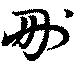
刪